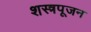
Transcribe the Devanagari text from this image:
शस्त्रपूजन